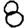
Digit: 8